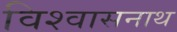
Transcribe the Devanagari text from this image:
विश्वासनाथ